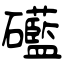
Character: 礷